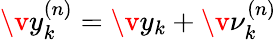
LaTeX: \v y_{k}^{(n)}=\v y_{k}+\v\nu_{k}^{(n)}